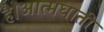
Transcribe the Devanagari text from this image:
है।आत्मघाती